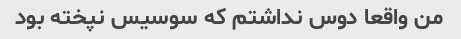
من واقعا دوس نداشتم که سوسیس نپخته بود